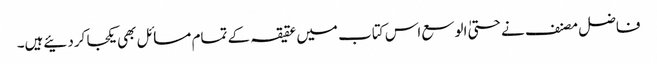
فاضل مصنف نے حتیٰ الوسع اس کتاب میں عقیقہ کے تمام مسائل بھی یکجا کردئیےہیں۔